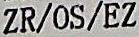
ZR/OS/EZ